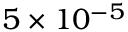
5 \times 1 0 ^ { - 5 }